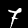
Digit: 7